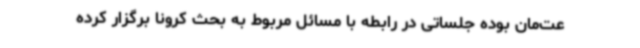
عت‌مان بوده جلساتی در رابطه با مسائل مربوط به بحث کرونا برگزار کرده